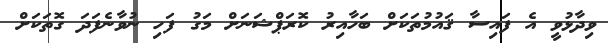
ވިދާޅުވީ އެ ފައިސާ ޤައުމުތަކަށް ބަހާއިރު ކޮރަޕްޝަނަށް މަގު ފަހި ނުވާނެފަދަ ގޮތަކަށް